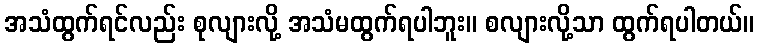
အသံထွက်ရင်လည်း စုလျားလို့ အသံမထွက်ရပါဘူး။ စလျားလို့သာ ထွက်ရပါတယ်။